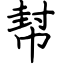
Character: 幇